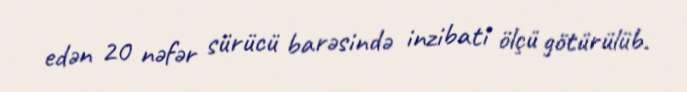
edən 20 nəfər sürücü barəsində inzibati ölçü götürülüb.